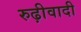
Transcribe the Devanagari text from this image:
रुढ़ीवादी